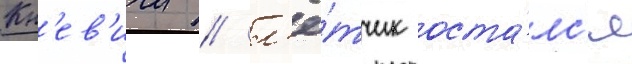
Кн'ев'ичи / л'ё́тчик оста́лс'я